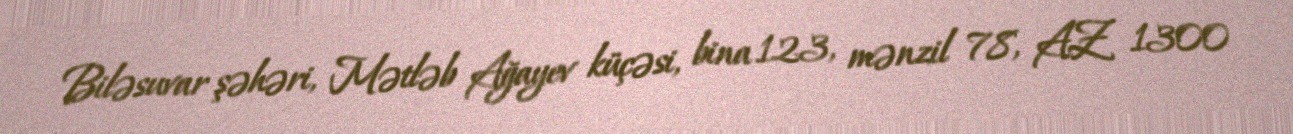
Biləsuvar şəhəri, Mətləb Ağayev küçəsi, bina 123, mənzil 78, AZ 1300